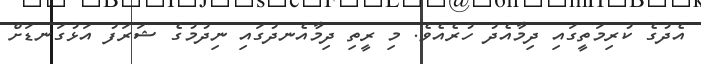
އެދުގެ ކުރިމަތީގައި ދިމާއެދު ހުރެއެވެ. މި ރީތި ދިމާއެނދުގައި ނިދުމުގެ ޝަރަފު އަޅުގަނޑަށް